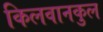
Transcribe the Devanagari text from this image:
किलवानकुल